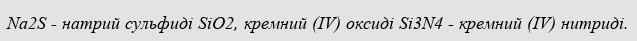
Na2S - натрий сульфиді SiO2, кремний (IV) оксиді Si3N4 - кремний (IV) нитриді.